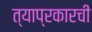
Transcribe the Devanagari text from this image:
त्याप्रकारची